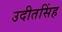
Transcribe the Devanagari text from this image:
उदीतसिंह